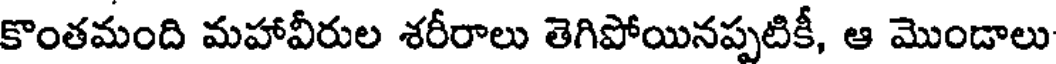
కొంతమంది మహావీరుల శరీరాలు తెగిపోయినప్పటికీ, ఆ మొండాలు